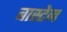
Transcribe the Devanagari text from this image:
बास्टेन